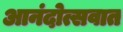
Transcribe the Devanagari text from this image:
आनंदोत्सवात